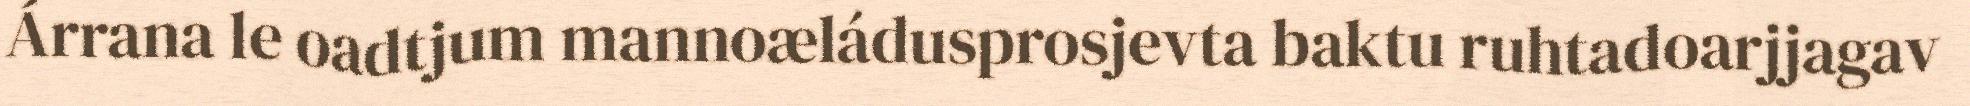
Árrana le oadtjum mannoæládusprosjevta baktu ruhtadoarjjagav